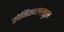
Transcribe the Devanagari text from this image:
क्रोमियमकलछुल